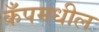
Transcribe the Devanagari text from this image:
कँपमधील